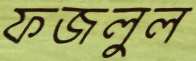
ফজলুল